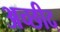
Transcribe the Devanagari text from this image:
अच्छीद